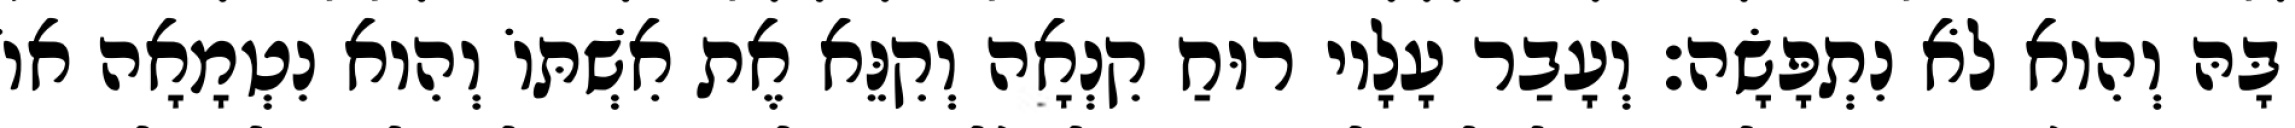
בָּהּ וְהִוא לֹא נִתְפָּשָׂה׃ וְעָבַר עָלָיו רוּחַ קִנְאָה וְקִנֵּא אֶת אִשְׁתּוֹ וְהִוא נִטְמָאָה אוֹ